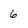
Character: 6